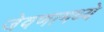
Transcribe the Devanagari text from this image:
जेवणामध्ये